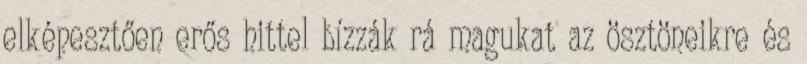
elképesztően erős hittel bízzák rá magukat az ösztöneikre és